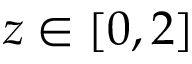
z \in [ 0 , 2 ]